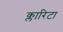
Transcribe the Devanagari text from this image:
क्लारिटा